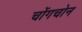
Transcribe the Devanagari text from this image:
चोंगचोन